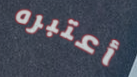
أعتبره